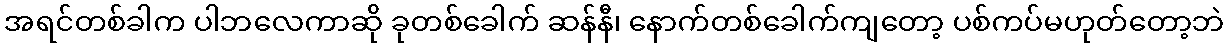
အရင်တစ်ခါက ပါဘလေကာဆို ခုတစ်ခေါက် ဆန်နီ၊ နောက်တစ်ခေါက်ကျတော့ ပစ်ကပ်မဟုတ်တော့ဘဲ